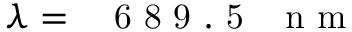
\lambda = \mathrm { ~ \ensuremath ~ { ~ 6 ~ 8 ~ 9 ~ . ~ 5 ~ } ~ \, ~ n ~ m ~ }